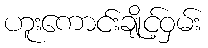
ဟူးကောင်းချိုင့်ဝှမ်း